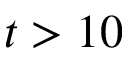
t > 1 0